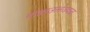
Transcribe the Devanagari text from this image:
गोडाऊनजवळ